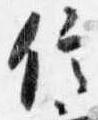
信